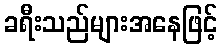
ခရီးသည်များအနေဖြင့်